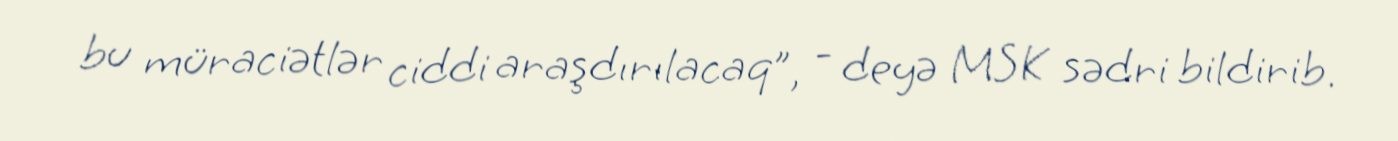
bu müraciətlər ciddi araşdırılacaq”, - deyə MSK sədri bildirib.